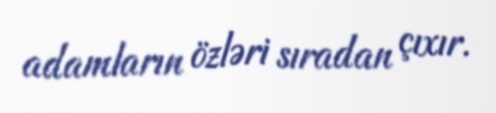
adamların özləri sıradan çıxır.